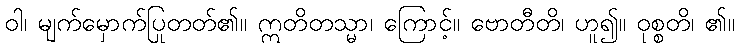
ဝါ၊ မျက်မှောက်ပြုတတ်၏။ ဣတိတသ္မာ၊ ကြောင့်။ ဗောတီတိ၊ ဟူ၍။ ဝုစ္စတိ၊ ၏။